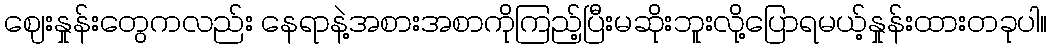
ဈေးနှုန်းတွေကလည်း နေရာနဲ့အစားအစာကိုကြည့်ပြီးမဆိုးဘူးလို့ပြောရမယ့်နှုန်းထားတခုပါ။